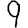
Digit: 9